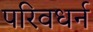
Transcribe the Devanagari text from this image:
परिवधर्न